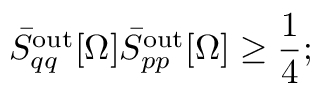
\bar { S } _ { q q } ^ { \mathrm { o u t } } [ \Omega ] \bar { S } _ { p p } ^ { \mathrm { o u t } } [ \Omega ] \geq \frac { 1 } { 4 } ;